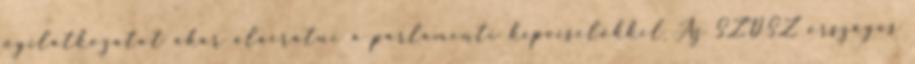
nyilatkozatot akar aláíratni a parlamenti képviselőkkel Az SZDSZ országos